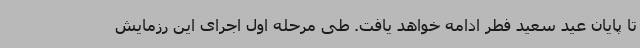
تا پایان عید سعید فطر ادامه خواهد یافت. طی مرحله اول اجرای این رزمایش